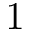
1